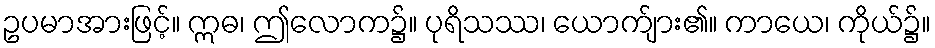
ဥပမာအားဖြင့်။ ဣဓ၊ ဤလောက၌။ ပုရိသဿ၊ ယောက်ျား၏။ ကာယေ၊ ကိုယ်၌။